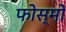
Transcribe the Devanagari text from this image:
फोस्मों